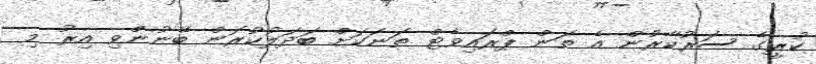
ކުރީގެ ސަރުކާރުން އެ ތަން ޕްރައިވެޓް ތަނަކަށް ބަދަލުކުރަން ބޭނުންވި އިރު މި